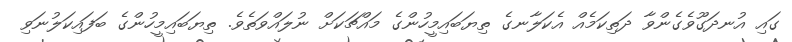
ގައި އުނދަގޫވެގެންވާ ދަތިކަމެއް އެކަލާނގެ ތިޔަބައިމީހުންގެ މައްޗަކަށް ނުލައްވަތެވެ. ތިޔަބައިމީހުންގެ ބަފައިކަލުނަވި